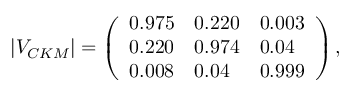
| V _ { C K M } | = \left( \begin{array} { l l l } { { 0 . 9 7 5 } } & { { 0 . 2 2 0 } } & { { 0 . 0 0 3 } } \\ { { 0 . 2 2 0 } } & { { 0 . 9 7 4 } } & { { 0 . 0 4 } } \\ { { 0 . 0 0 8 } } & { { 0 . 0 4 } } & { { 0 . 9 9 9 } } \end{array} \right) ,